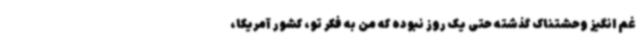
غم انگیز وحشتناک گذشته حتی یک روز نبوده که من به فکر تو، کشور آمریکا،